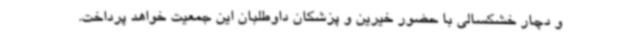
و دچار خشکسالی با حضور خیرین و پزشکان داوطلبان این جمعیت خواهد پرداخت.